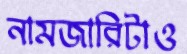
নামজারিটাও